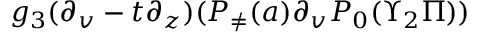
g _ { 3 } ( \partial _ { v } - t \partial _ { z } ) ( P _ { \neq } ( a ) \partial _ { v } P _ { 0 } ( \Upsilon _ { 2 } \Pi ) )